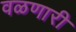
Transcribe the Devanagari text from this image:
वळणारी